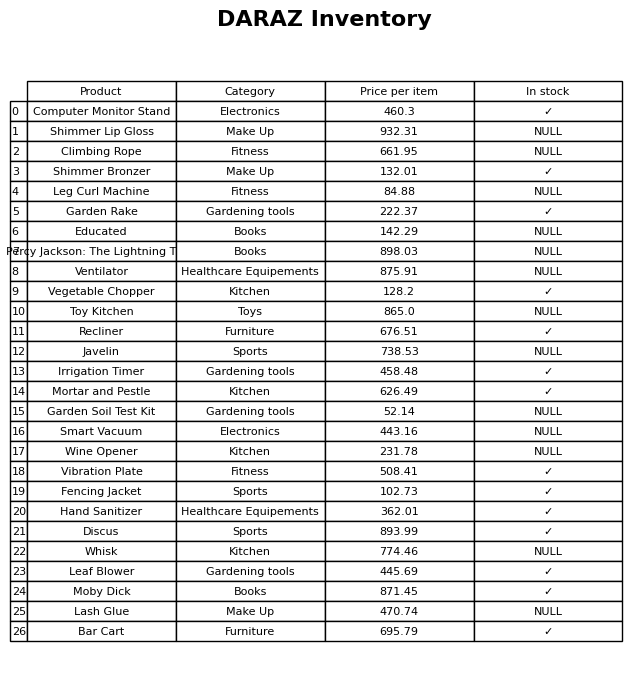
question: What is the price for Hand Sanitizer?
answer: The price of Hand Sanitizer is 362.01.